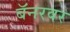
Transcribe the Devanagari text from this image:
बॅनरवर